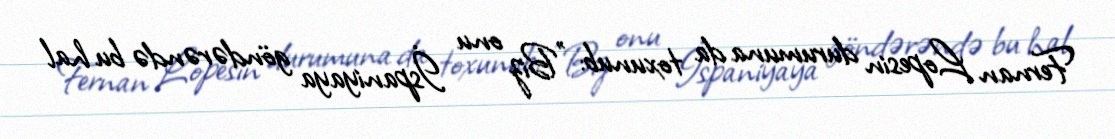
Fernan Lopesin durumuna da toxunub: "Biz onu İspaniyaya göndərəndə bu hal